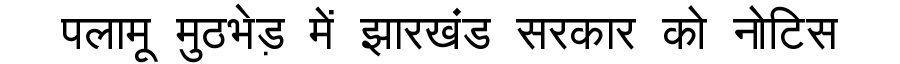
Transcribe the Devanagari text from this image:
पलामू मुठभेड़ में झारखंड सरकार को नोटिस